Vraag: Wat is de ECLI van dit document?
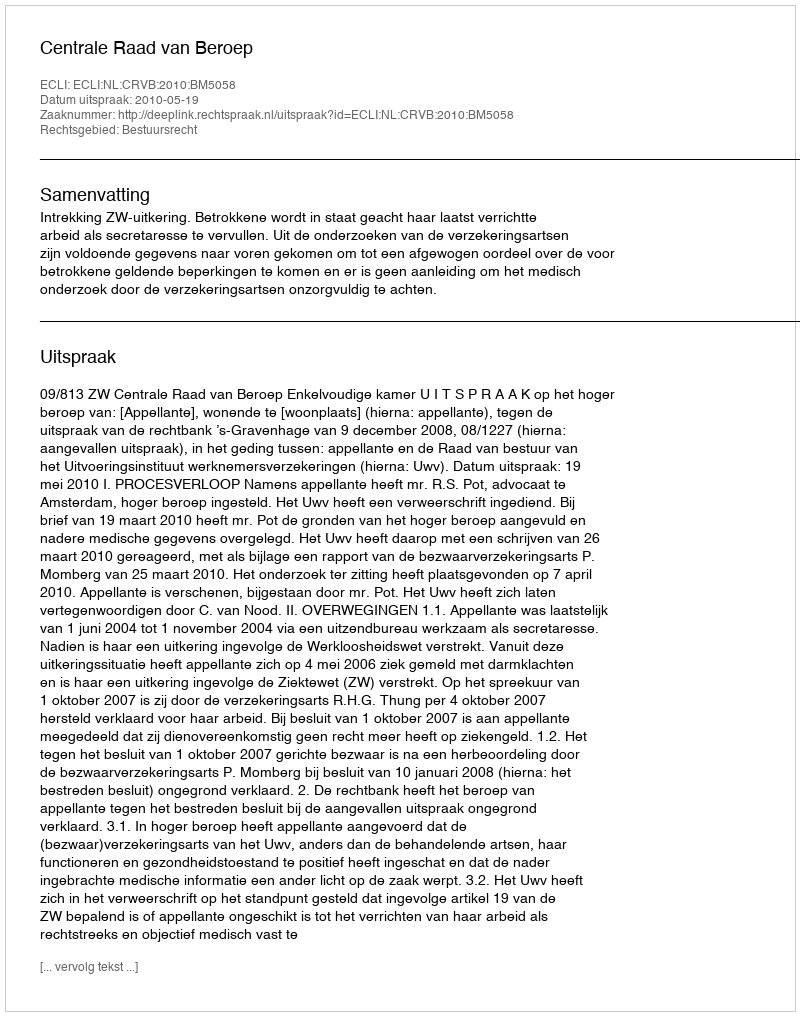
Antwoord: ECLI:NL:CRVB:2010:BM5058